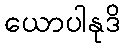
ယောပါနုဒိ